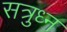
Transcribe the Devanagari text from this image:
सत्रुध्न